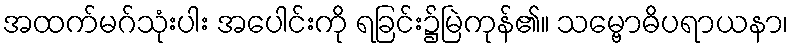
အထက်မဂ်သုံးပါး အပေါင်းကို ရခြင်း၌မြဲကုန်၏။ သမ္ဗောဓိပရာယနာ၊